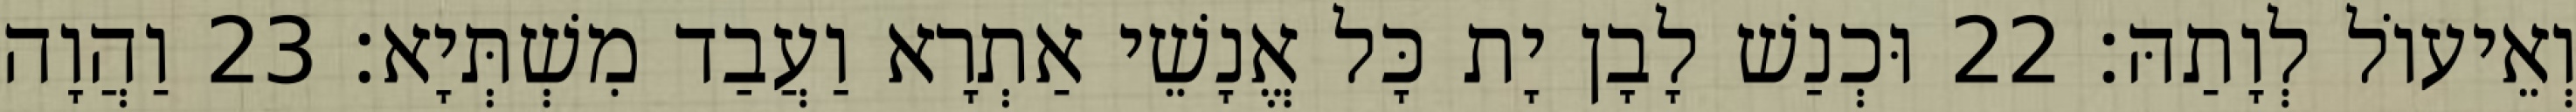
וְאֵיעוֹל לְוָתַהּ׃ 22 וּכְנַשׁ לָבָן יָת כָּל אֱנָשֵׁי אַתְרָא וַעֲבַד מִשְׁתְּיָא׃ 23 וַהֲוָה